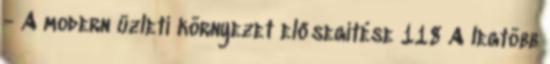
- A modern üzleti környezet elősegítése 118 A legtöbb